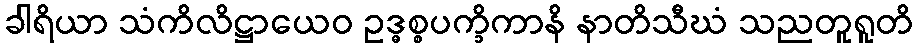
ခါရိယာ သံကိလိဋ္ဌာယေဝ ဥဒ္ဓစ္စပက္ခိကာနိ နာတိသီဃံ သညတူရူတိ